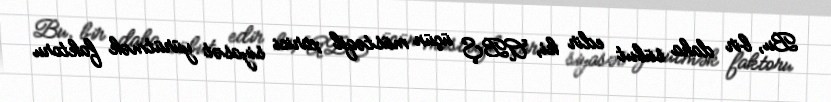
Bu, bir daha sübut edir ki, ABŞ üçün müstəqil xarici siyasət yürütmək faktoru